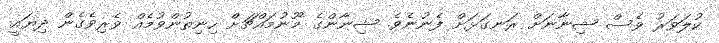
ކުލަވަރު ވެސް ޝިނާނަށް ރަނގަޅަށް ފެނުނެވެ. ޝިނާންގެ މޫނުމައްޗަށް ހިނިތުންވުމެއް ވެރިވެގެން ދިޔައީ